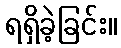
ရရှိခဲ့ခြင်း။